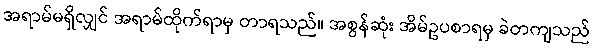
အရာမ်မရှိလျှင် အရာမ်ထိုက်ရာမှ တာရသည်။ အစွန်ဆုံး အိမ်ဥပစာရမှ ခဲတကျသည်